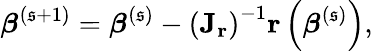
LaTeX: {\boldsymbol{\beta}}^{(\mathfrak{s}+1)}={\boldsymbol{\beta}}^{(\mathfrak{s})}-\left(\mathbf{{J_{r}}}\right)^{-1}\mathbf{{r}}\left({\boldsymbol{\beta}}^{(\mathfrak{s})}\right),